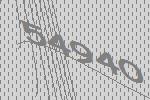
54940